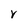
Character: r